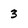
Character: 3